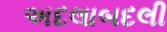
અદલાબદલી